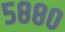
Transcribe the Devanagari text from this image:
५८८०